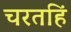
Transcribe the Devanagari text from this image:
चरतहिं